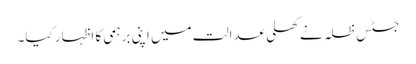
جسٹس ظلہ نے کھلی عدالت میں اپنی برہمی کا اظہار کیا۔